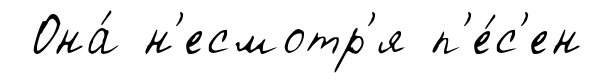
Она́ н'есмотр'я п'е́с'ен